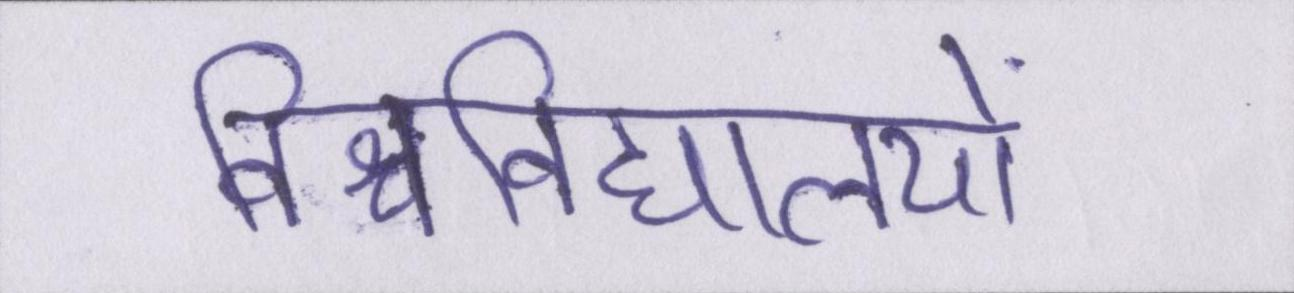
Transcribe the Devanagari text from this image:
विश्वविद्यालयों